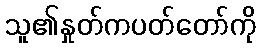
သူ၏နှုတ်ကပတ်တော်ကို